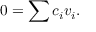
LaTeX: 0 = \sum c _ { i } v _ { i } .